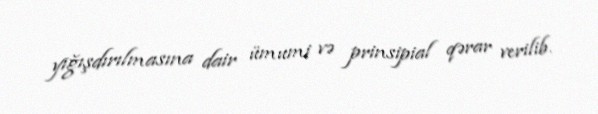
yığışdırılmasına dair ümumi və prinsipial qərar verilib.